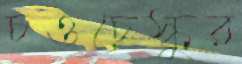
চওচেস্কুর